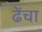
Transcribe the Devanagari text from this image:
ढेंचा